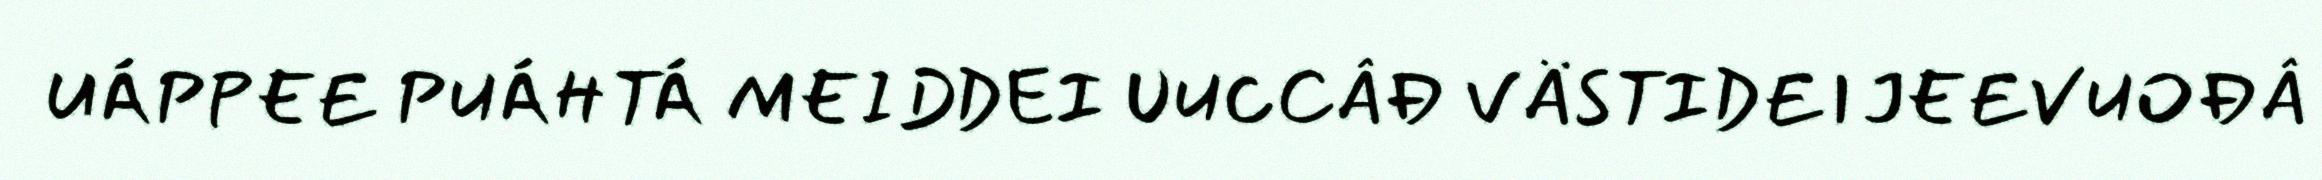
UÁPPEE PUÁHTÁ MEIDDEI UUCCÂĐ VÄSTIDEIJEEVUOĐÂ